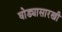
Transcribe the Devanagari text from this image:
घोड्यासारखी